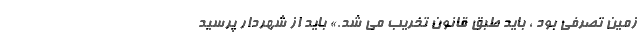
زمین تصرفی بود ، باید طبق قانون تخریب می شد.» باید از شهردار پرسید